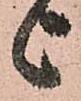
上